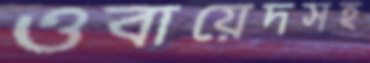
ওবায়েদসহ